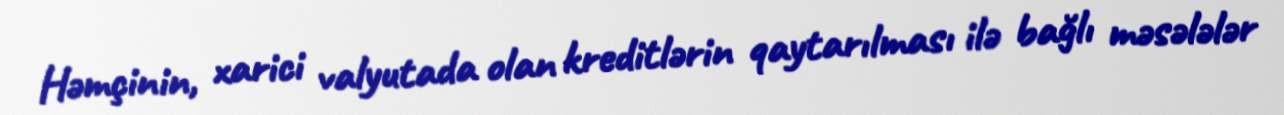
Həmçinin, xarici valyutada olan kreditlərin qaytarılması ilə bağlı məsələlər